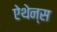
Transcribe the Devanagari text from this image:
ऐथेन्स